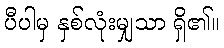
ပီပါမှ နှစ်လုံးမျှသာ ရှိ၏။